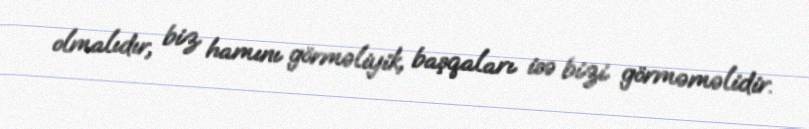
olmalıdır, biz hamını görməliyik, başqaları isə bizi görməməlidir.